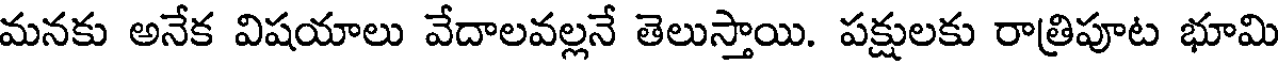
మనకు అనేక విషయాలు వేదాలవల్లనే తెలుస్తాయి. పక్షులకు రాత్రిపూట భూమి